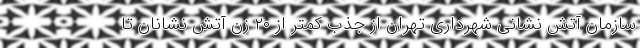
سازمان آتش نشانی شهرداری تهران از جذب کمتر از ۲۰ زن آتش نشانان تا